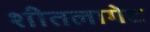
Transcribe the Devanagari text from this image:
शीतलागेट